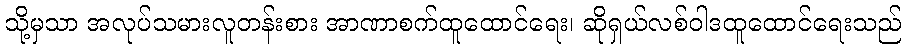
သို့မှသာ အလုပ်သမားလူတန်းစား အာဏာစက်ထူထောင်ရေး၊ ဆိုရှယ်လစ်ဝါဒထူထောင်ရေးသည်